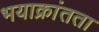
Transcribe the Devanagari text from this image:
भयाक्रांतता